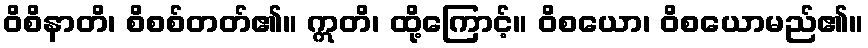
ဝိစိနာတိ၊ စိစစ်တတ်၏။ ဣတိ၊ ထို့ကြောင့်။ ဝိစယော၊ ဝိစယောမည်၏။